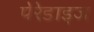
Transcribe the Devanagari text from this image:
पेरेडाइज